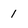
Character: 1